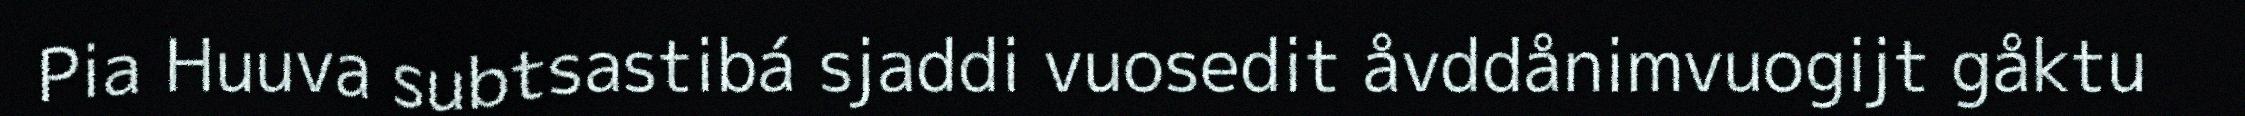
Pia Huuva subtsastibá sjaddi vuosedit åvddånimvuogijt gåktu